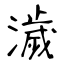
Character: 濊